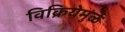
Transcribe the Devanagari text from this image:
विक्रियेमुळे